Emmaste_vallavalitsus, lk 12
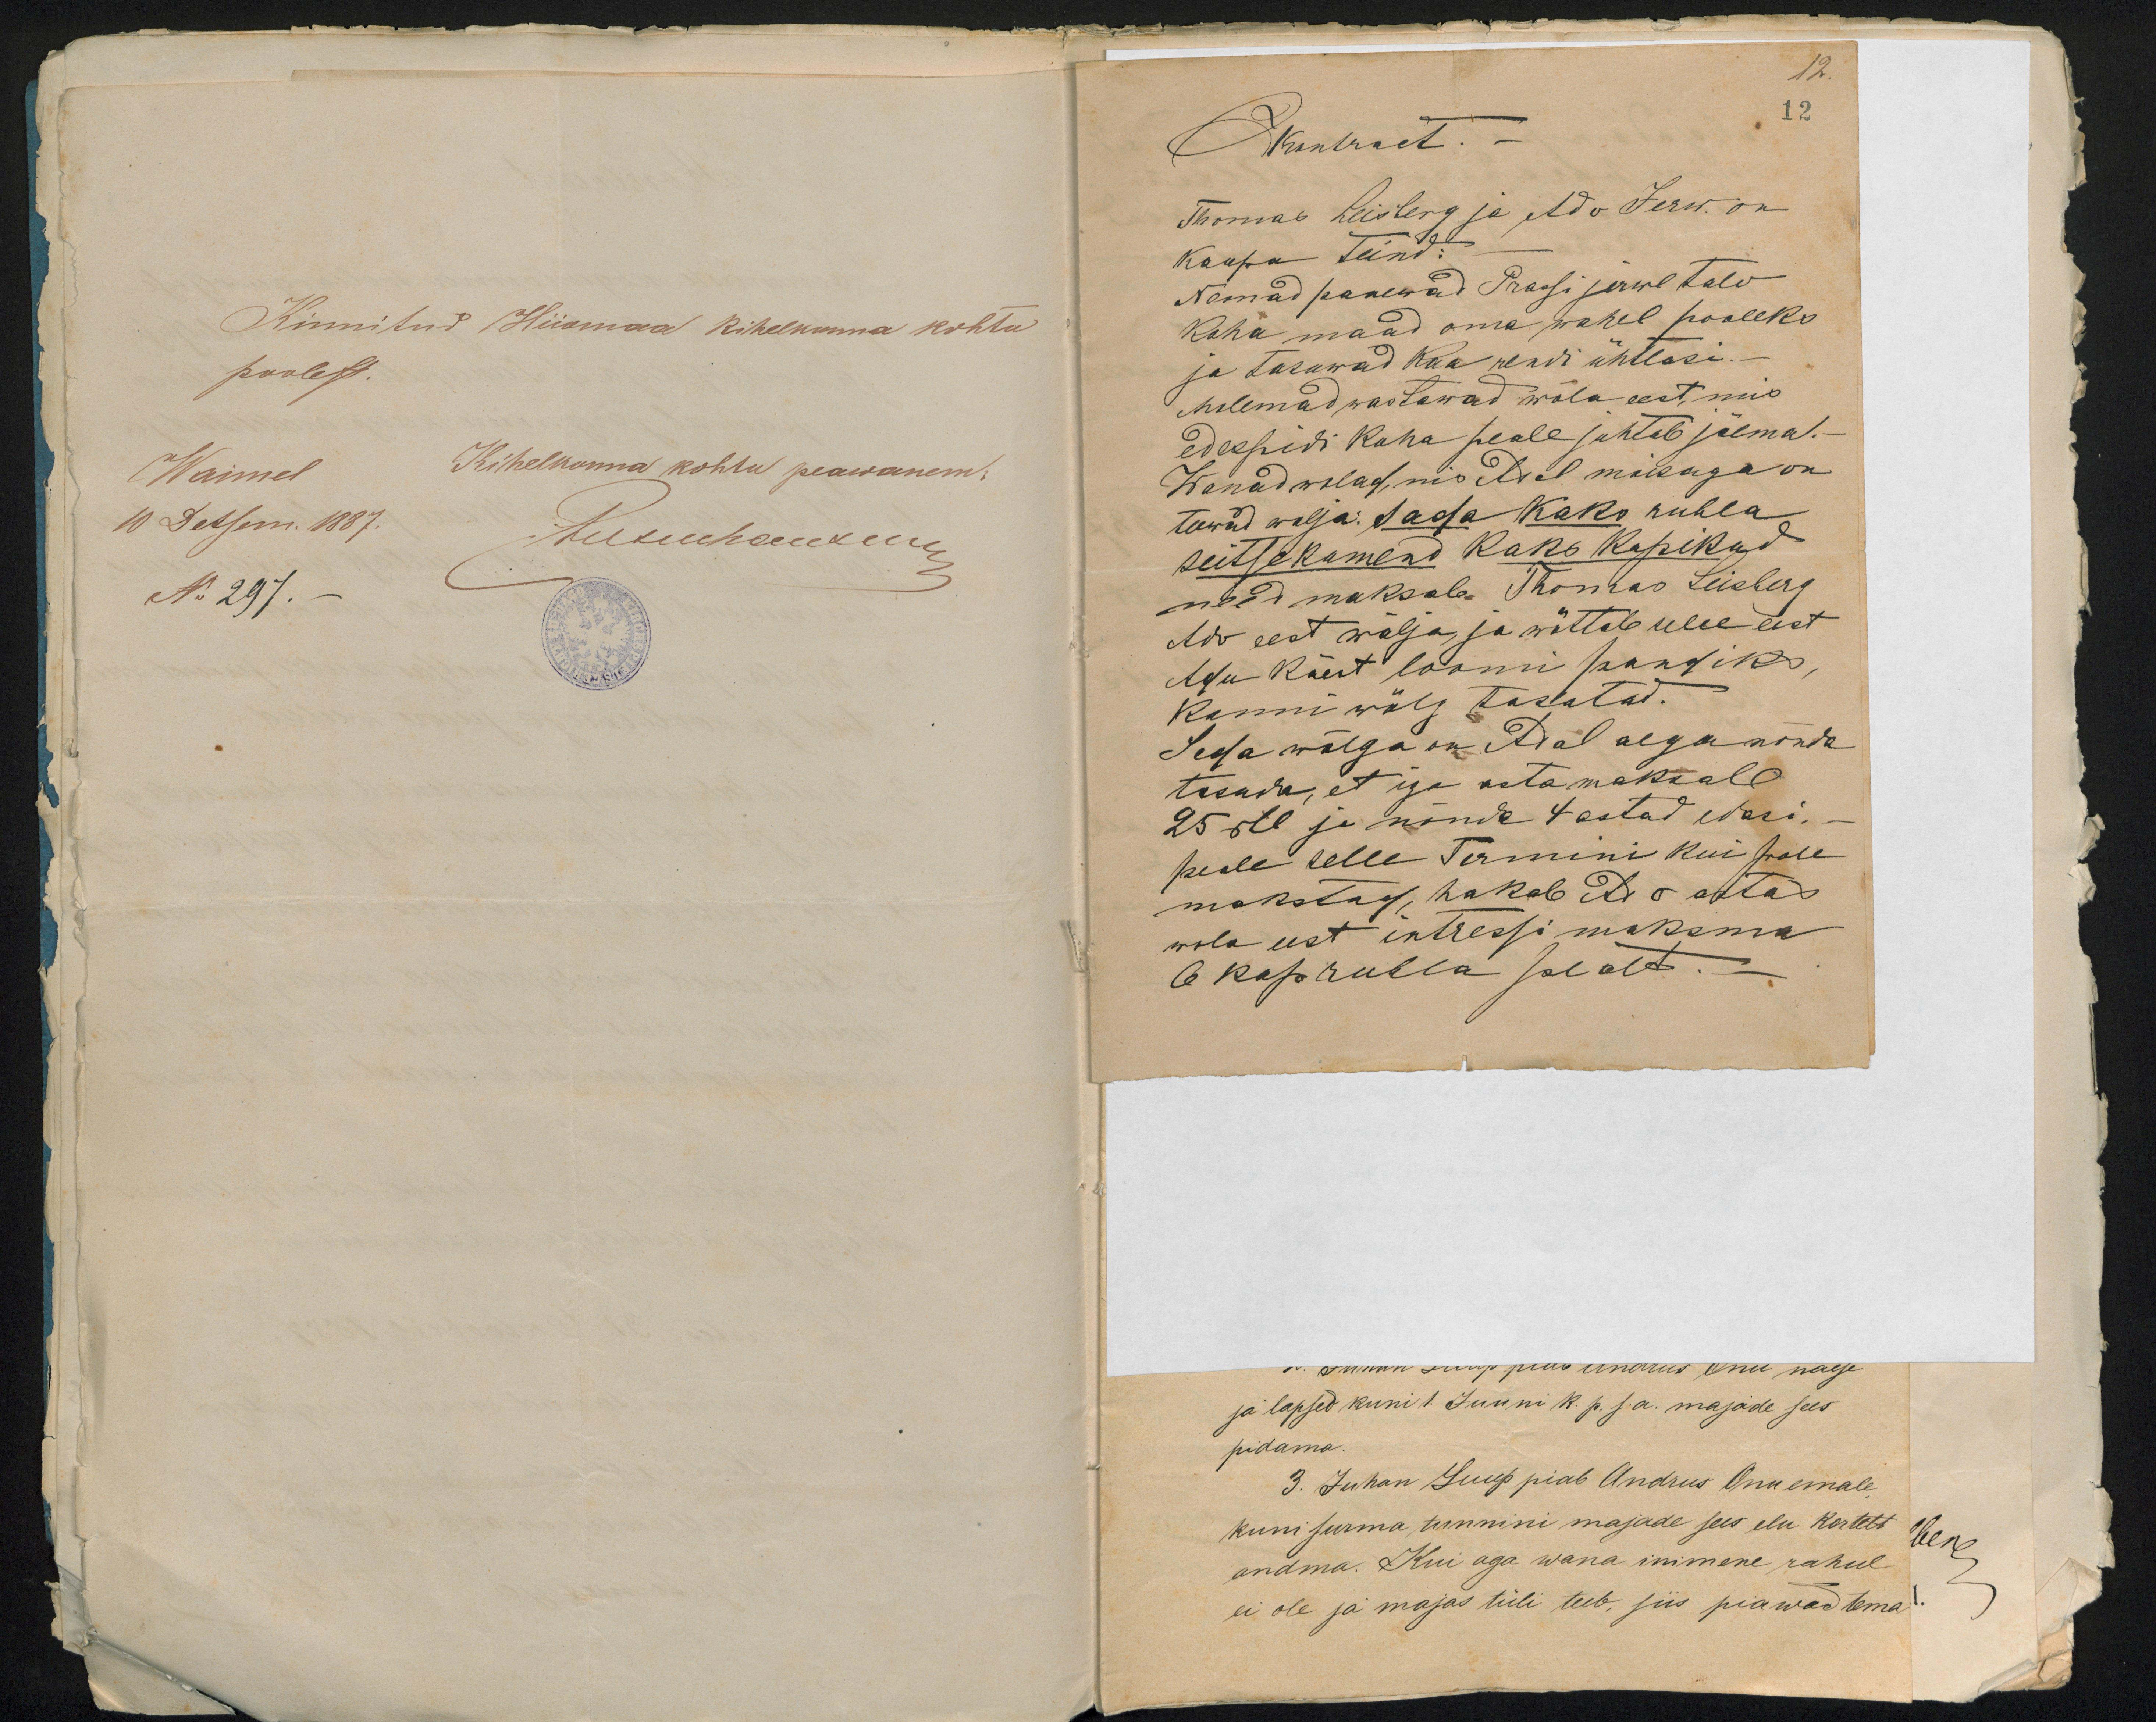
Kinnitud Hiiomaa kihelkonna kohtu
poolest.
Waimel
Kihelkonna kohtu peawanem:
10 Detsem. 1887.
Kutuhanem
No 297.-

12.
Kontract.
12
Thomas Leisberg ja Ado Jerw on
kaupa teind:
Nemad panewad Prassi järwe talu
koha maad oma wahel pooleks
ja tasuwad kaa rendi ühtlasi. -
Mõlemad wastawad wõla eest, mis
edespidi koha peale juhtub jäemal.-
Wanad wolad, mis Adol mõisaga on
teewad wälja: Sada Kaks rubla
seitsekümend kaks kopikad
need maksab Thomas Leisberg
Ado eest wälja, ja wõttab selle eest
Ado käest loomi pandiks,
kunni wõlg tasutud.
Seda wõlga on Adol aega nõnda
tasuda, et iga asta maksab
25 rbl ja nõnda 4 astad edasi.-
peale selle termini kui pole
makstud, hakab Ado astas
wola eest intressi maksma
6 kop rubla pealt.-